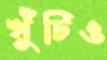
খুঁটিও